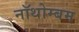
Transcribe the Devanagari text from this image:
नॉथोम्बम